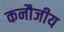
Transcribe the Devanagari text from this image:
कनौजीय